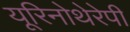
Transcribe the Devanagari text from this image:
यूरिनोथेरेपी